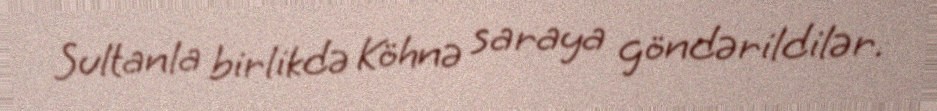
Sultanla birlikdə Köhnə saraya göndərildilər.